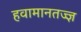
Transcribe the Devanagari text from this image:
हवामानतज्ज्ञ